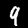
Digit: 9